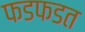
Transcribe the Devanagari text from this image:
फडफडत